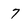
Character: 7